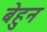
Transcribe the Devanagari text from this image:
बेहुन